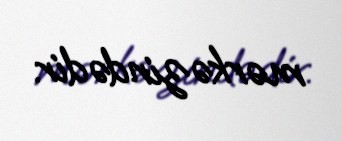
mərkəzindədir.